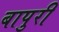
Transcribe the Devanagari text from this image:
बापुरी